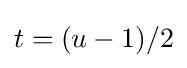
t=(u-1)/2